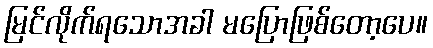
မြင်လိုက်ရသောအခါ မပြောဖြစ်တော့ပေ။